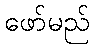
ဖော်မည်